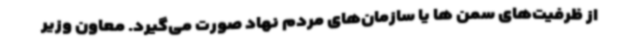
از ظرفیت‌های سمن ها یا سازمان‌های مردم نهاد صورت می‌گیرد. معاون وزیر